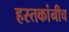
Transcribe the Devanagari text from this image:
हस्तकांनीच